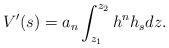
LaTeX: \begin{align*}V'(s)=a_n \int_{z_1}^{z_2} h^n h_s dz.\end{align*}